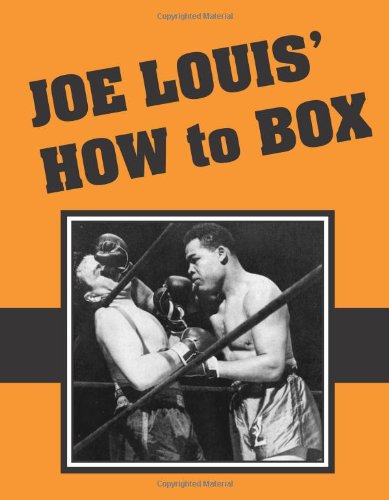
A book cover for Joe Louis' How to Box; Joe Louis; Sports & Outdoors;